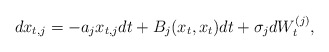
\begin{align*} dx_{t,j} = -a_j x_{t,j}dt + B_j(x_t,x_t)dt + \sigma_j dW_t^{(j)},\end{align*}